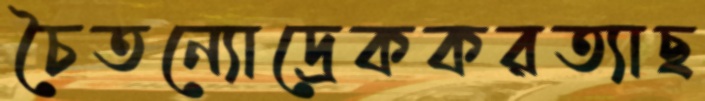
চৈতন্যোদ্রেককরত্যাছ